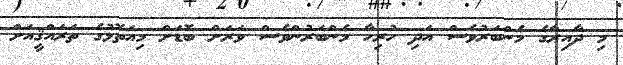
މި ދާއިރާގެ މެންބަރުވެސް އަދި ހުރިހާ މެންބަރުންވެސް ވަރަށް ބޮޑަށް މިއަތޮޅުގެ ތަރައްޤީއަށް